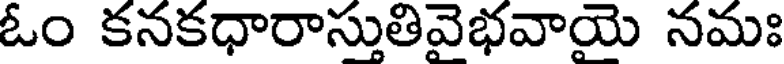
ఓం కనకధారాస్తుతివెభవాయె నమః